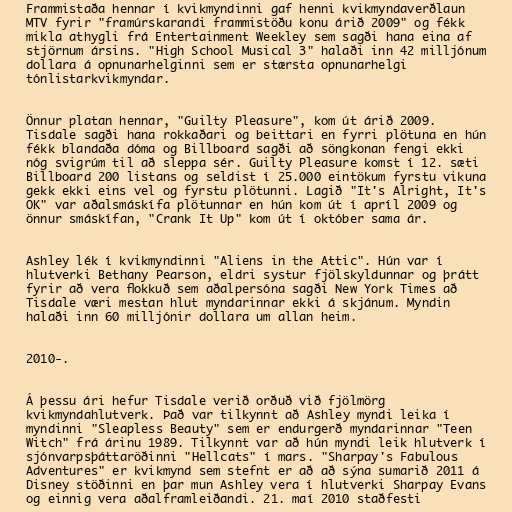
Frammistaða hennar í kvikmyndinni gaf henni kvikmyndaverðlaun
MTV fyrir "framúrskarandi frammistöðu konu árið 2009" og fékk
mikla athygli frá Entertainment Weekley sem sagði hana eina af
stjörnum ársins. "High School Musical 3" halaði inn 42 milljónum
dollara á opnunarhelginni sem er stærsta opnunarhelgi
tónlistarkvikmyndar.

Önnur platan hennar, "Guilty Pleasure", kom út árið 2009.
Tisdale sagði hana rokkaðari og beittari en fyrri plötuna en hún
fékk blandaða dóma og Billboard sagði að söngkonan fengi ekki
nóg svigrúm til að sleppa sér. Guilty Pleasure komst í 12. sæti
Billboard 200 listans og seldist í 25.000 eintökum fyrstu vikuna
gekk ekki eins vel og fyrstu plötunni. Lagið "It's Alright, It's
OK" var aðalsmáskífa plötunnar en hún kom út í apríl 2009 og
önnur smáskífan, "Crank It Up" kom út í október sama ár.

Ashley lék í kvikmyndinni "Aliens in the Attic". Hún var í
hlutverki Bethany Pearson, eldri systur fjölskyldunnar og þrátt
fyrir að vera flokkuð sem aðalpersóna sagði New York Times að
Tisdale væri mestan hlut myndarinnar ekki á skjánum. Myndin
halaði inn 60 milljónir dollara um allan heim.

2010-.

Á þessu ári hefur Tisdale verið orðuð við fjölmörg
kvikmyndahlutverk. Það var tilkynnt að Ashley myndi leika í
myndinni "Sleapless Beauty" sem er endurgerð myndarinnar "Teen
Witch" frá árinu 1989. Tilkynnt var að hún myndi leik hlutverk í
sjónvarpsþáttaröðinni "Hellcats" í mars. "Sharpay's Fabulous
Adventures" er kvikmynd sem stefnt er að að sýna sumarið 2011 á
Disney stöðinni en þar mun Ashley vera í hlutverki Sharpay Evans
og einnig vera aðalframleiðandi. 21. maí 2010 staðfesti